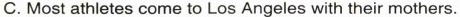
C. Most athletes come to Los Angeles with their mothers.